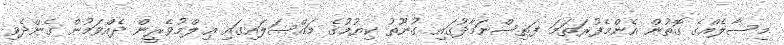
މިސާލެއްގެ ގޮތުން އެންމެފުރަތަމަ ފަތިސްނަމާދުގައި ގުނޫތު ކިޔުމުގެ މައްސަލައިގައި ޢިލްމުވެރީން ދެއްވަމުން ގެންދެވި